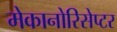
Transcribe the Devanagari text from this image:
मेकानोरिसेप्टर